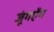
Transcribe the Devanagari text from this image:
जूंगऐंग